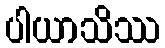
ပါယာသိဿ